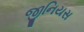
જીનિયસ